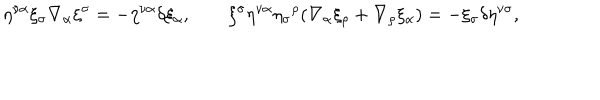
\eta ^ { \nu \alpha } \xi _ { \sigma } \nabla _ { \alpha } \xi ^ { \sigma } = - \eta ^ { \nu \alpha } \delta \xi _ { \alpha } , \qquad \xi ^ { \sigma } \eta ^ { \nu \alpha } \eta _ { \sigma } { ^ { \rho } } ( \nabla _ { \alpha } \xi _ { \rho } + \nabla _ { \rho } \xi _ { \alpha } ) = - \xi _ { \sigma } \delta \eta ^ { \nu \sigma } ,